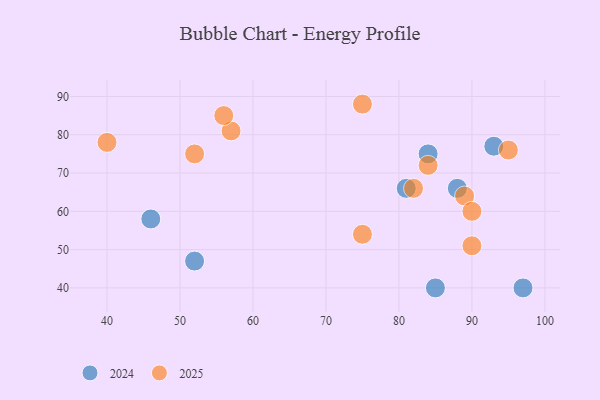
{"axis": {"x": "GDP", "y": "Life Expectancy"}, "legend": ["2024", "2025"], "data": [{"x": "84", "y": 75, "type": "2024"}, {"x": "46", "y": 58, "type": "2024"}, {"x": "97", "y": 40, "type": "2024"}, {"x": "88", "y": 66, "type": "2024"}, {"x": "81", "y": 66, "type": "2024"}, {"x": "52", "y": 47, "type": "2024"}, {"x": "85", "y": 40, "type": "2024"}, {"x": "93", "y": 77, "type": "2024"}, {"x": "40", "y": 78, "type": "2025"}, {"x": "89", "y": 64, "type": "2025"}, {"x": "75", "y": 54, "type": "2025"}, {"x": "57", "y": 81, "type": "2025"}, {"x": "84", "y": 72, "type": "2025"}, {"x": "90", "y": 60, "type": "2025"}, {"x": "56", "y": 85, "type": "2025"}, {"x": "82", "y": 66, "type": "2025"}, {"x": "75", "y": 88, "type": "2025"}, {"x": "95", "y": 76, "type": "2025"}, {"x": "52", "y": 75, "type": "2025"}, {"x": "90", "y": 51, "type": "2025"}]}